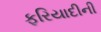
ફરિયાદીની